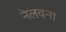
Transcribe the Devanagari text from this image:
नेलवना